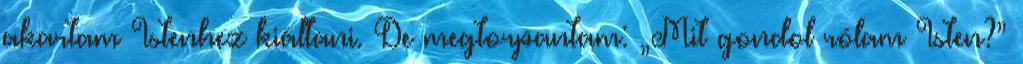
akartam Istenhez kiáltani. De megtorpantam: „Mit gondol rólam Isten?”